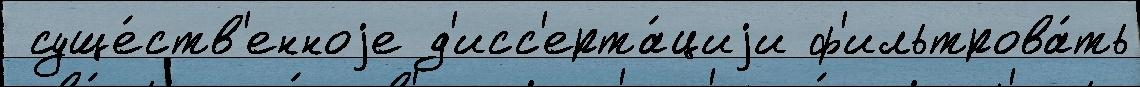
 суще́ств'енноjе д'исс'ерта́циjи ф'ильтрова́ть